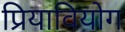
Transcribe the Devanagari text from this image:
प्रियावियोग